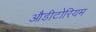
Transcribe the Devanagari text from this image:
औडीटोरियम